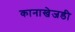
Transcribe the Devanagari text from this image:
कानाखेजडी